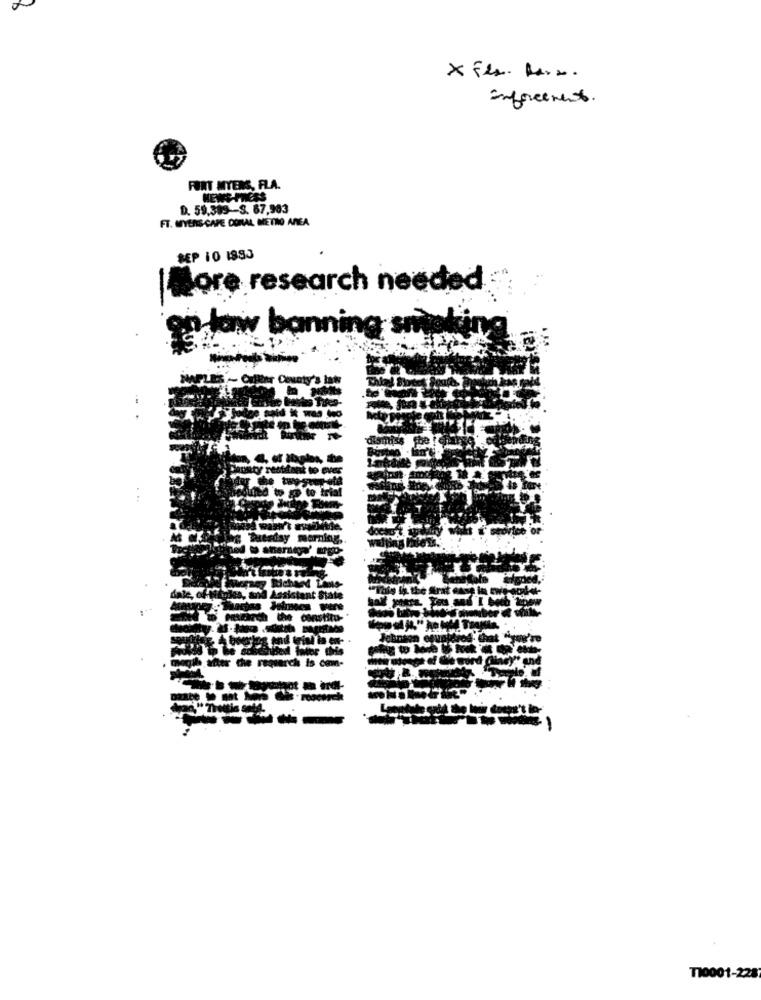
Enforcement.
FORT MYERS, FLA.
D. 59.399 -- S. 67,983
FT. MYERS-CAPE DONAL METRO AREA
SEP 10 1893
gore research needed
nnin
NAPL
ent State
constitu-
-
T10001-228